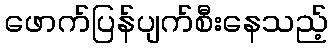
ဖောက်ပြန်ပျက်စီးနေသည့်